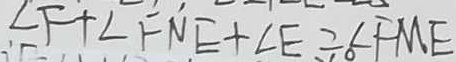
\angle F + \angle F N E + \angle E = \angle F M E